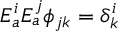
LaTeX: E _ { a } ^ { i } E _ { a } ^ { j } \phi _ { j k } = \delta _ { k } ^ { i }